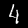
Label: 4